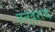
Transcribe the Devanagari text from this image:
नन्दराय